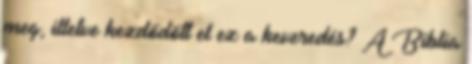
meg, illetve kezdődött el ez a keveredés? A Biblia